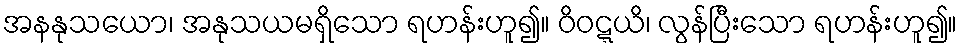
အနနုသယော၊ အနုသယမရှိသော ရဟန်းဟူ၍။ ဝိဝဋ္ဋယိ၊ လွန်ပြီးသော ရဟန်းဟူ၍။